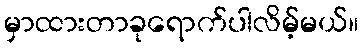
မှာထားတာခုရောက်ပါလိမ့်မယ်။